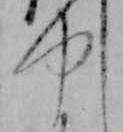
ゆ